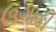
ઉગાઙી